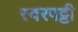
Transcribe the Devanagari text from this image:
स्वरपट्टी